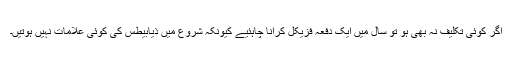
اگر کوئی تکلیف نہ بھی ہو تو سال میں‌ ایک دفعہ فزیکل کرانا چاہئیے کیونکہ شروع میں‌ ذیابیطس کی کوئی علامات نہیں‌ ہوتیں۔